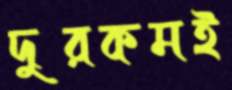
দুরকমই